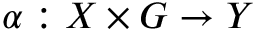
\alpha : X \times G \to Y